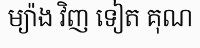
ម្យ៉ាង វិញ ទៀត គុណ